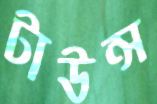
টাউন্স